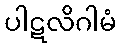
ပါဋလိဂါမံ